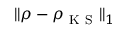
\| \rho - \rho _ { \mathrm { ~ K ~ S ~ } } \| _ { 1 }